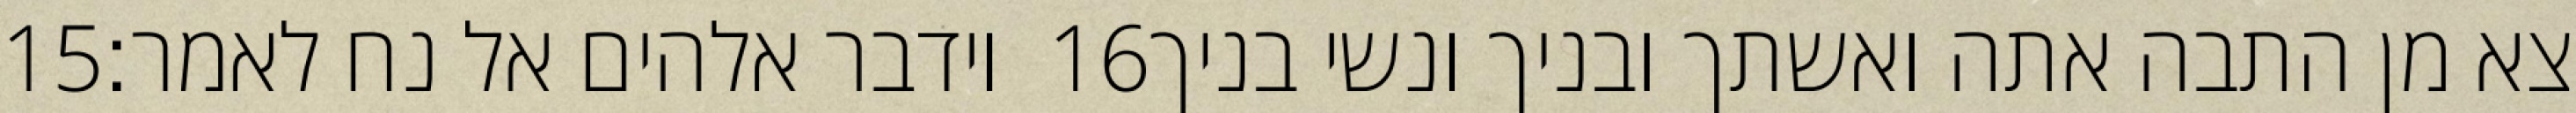
‎15‏ וידבר אלהים אל נח לאמר׃ ‎16‏ צא מן התבה אתה ואשתך ובניך ונשי בניך